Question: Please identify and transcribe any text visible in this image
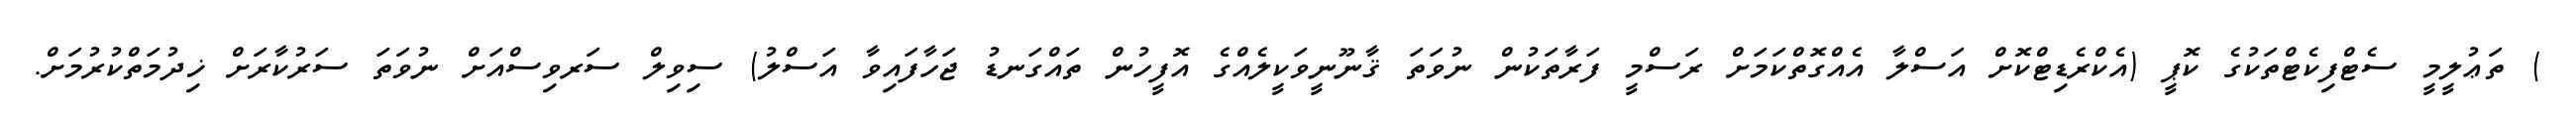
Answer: ) ތަޢުލީމީ ސެޓްފިކެޓްތަކުގެ ކޮޕީ (އެކްރެޑިޓްކޮށް އަސްލާ އެއްގޮތްކަމަށް ރަސްމީ ފަރާތަކުން ނުވަތަ ޤާނޫނީވަކީލެއްގެ އޮފީހުން ތައްގަނޑު ޖަހާފައިވާ އަސްލު) ސިވިލް ސަރވިސްއަށް ނުވަތަ ސަރުކާރަށް ޚިދުމަތްކުރުމަށް.